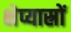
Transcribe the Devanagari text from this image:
क्षेप्यास्रों